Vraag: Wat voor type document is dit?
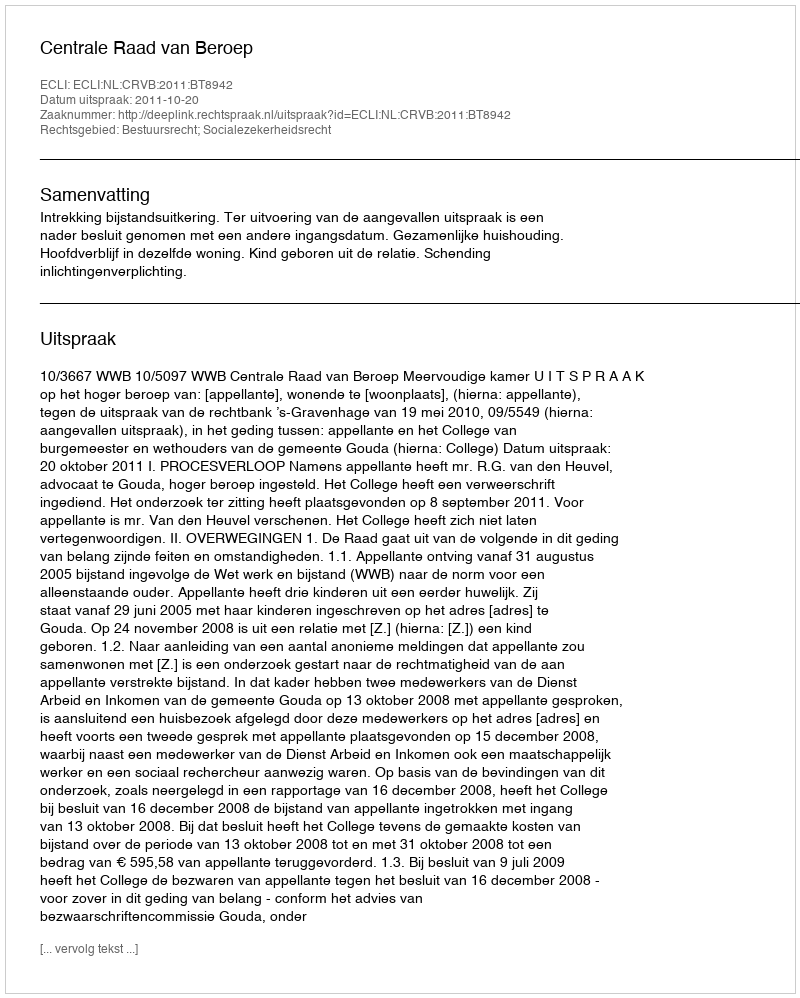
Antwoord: Uitspraak